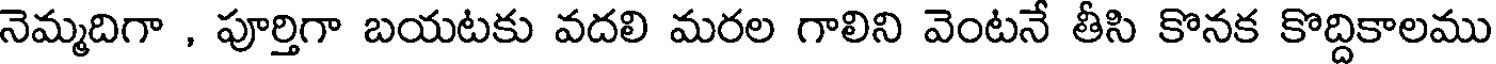
నెమ్మదిగా , పూర్తిగా బయటకు వదలి మరల గాలిని వెంటనే తీసి కొనక కొద్దికాలము